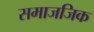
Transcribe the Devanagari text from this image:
समाजजिक